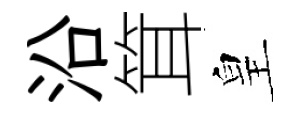
沿䇯皇